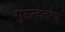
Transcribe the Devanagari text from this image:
गुरुत्वत्वरण